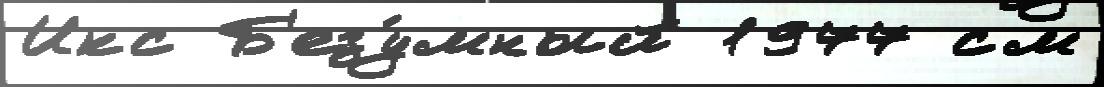
Икс Б'езу́мный 1977 см